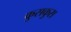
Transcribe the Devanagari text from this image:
कुसकुस